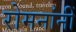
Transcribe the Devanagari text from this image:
रोमनांनीं